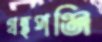
গ্রন্থপঞ্জি